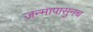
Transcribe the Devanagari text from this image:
जन्मापासुनच